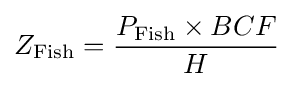
Z_{\text{Fish}}={\frac {P_{\text{Fish}}\times {BCF}}{H}}